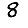
Digit: 8